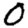
Digit: 0